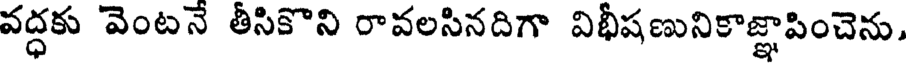
వద్ధకు వెంటనే తీసికొని రావలసినదిగా విభీషణునికాజ్ఞాపించెను,